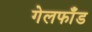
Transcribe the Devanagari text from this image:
गेलफाँड